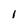
Character: 1